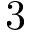
3